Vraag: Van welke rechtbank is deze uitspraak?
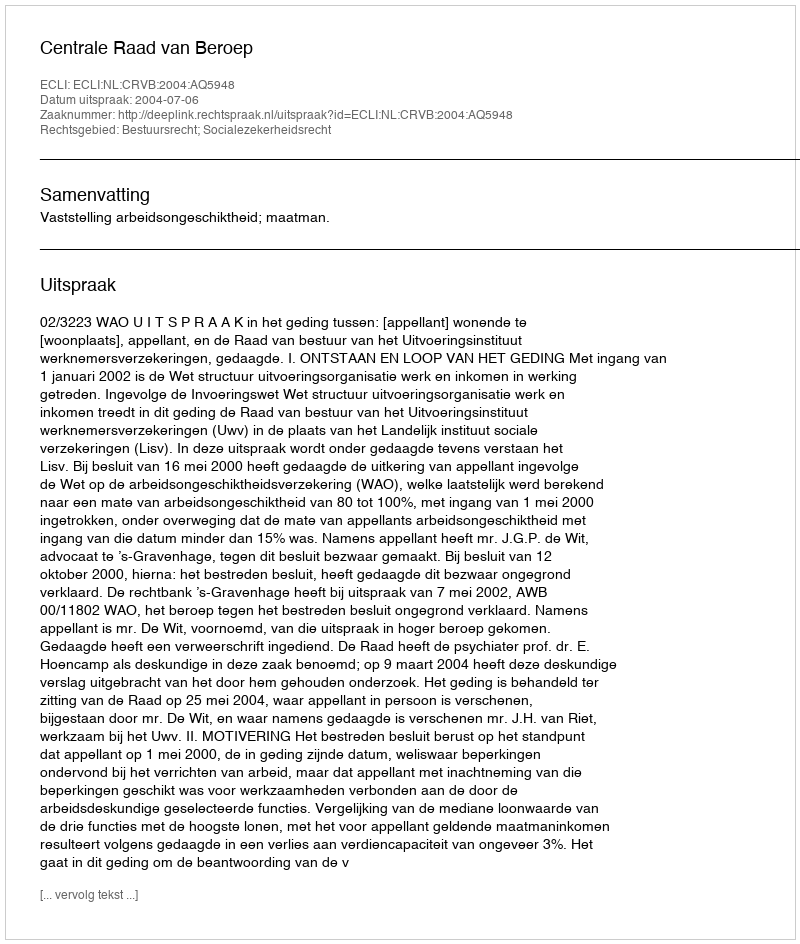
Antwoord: Centrale Raad van Beroep